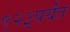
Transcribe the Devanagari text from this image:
९२३पर्यंत